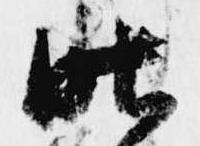
昨